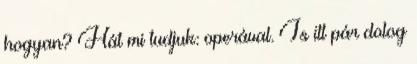
hogyan? Hát mi tudjuk: operával. Is itt pár dolog